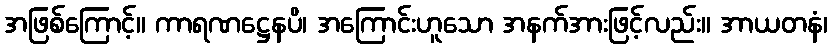
အဖြစ်ကြောင့်။ ကာရဏဋ္ဌေနပိ၊ အကြောင်းဟူသော အနက်အားဖြင့်လည်း။ အာယတနံ၊